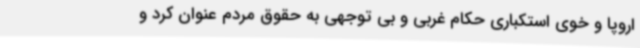
اروپا و خوی استکباری حکام غربی و بی توجهی به حقوق مردم عنوان کرد و